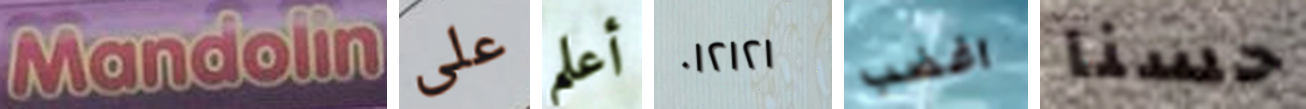
Mandoline على أعلم ٠١٢١٢١ اغضب حسنا